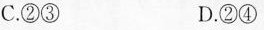
C.②③ D.②④